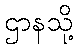
ဌာနသို့